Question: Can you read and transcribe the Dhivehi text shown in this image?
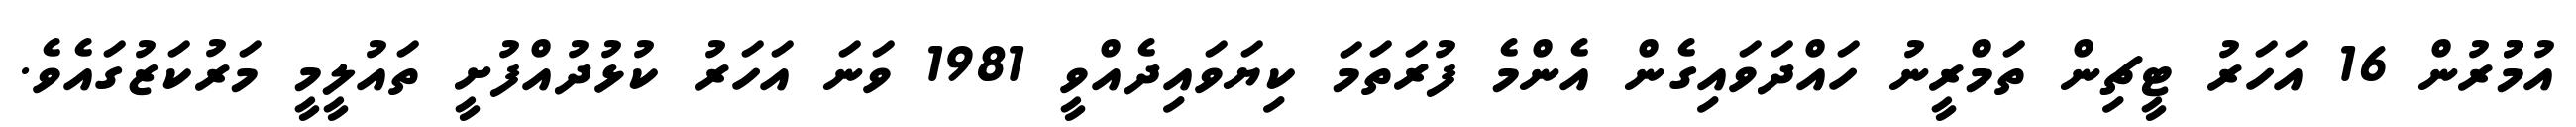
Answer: އުމުުރުން 16 އަހަރު ޓީޗިން ތަމްރީނު ހައްދަވައިގެން އެންމެ ފުރަތަމަ ކިޔަވައިދެއްވީ 1981 ވަނަ އަހަރު ކުޅުދުއްފުށީ ތައުލީމީ މަރުކަޒުގައެވެ.